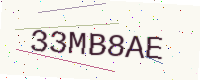
Text: 33MB8AE